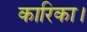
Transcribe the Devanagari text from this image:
कारिका।